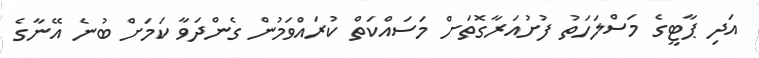
އަދި ޕާޓީގެ މަސްލަހަތު ފުށުއަރާގޮތަށް މަސައްކަތް ކުރައްވަމުން ގެންދަވާ ކަމަށް ބުނެ އޭނާގެ